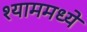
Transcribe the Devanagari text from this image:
श्याममध्ये